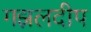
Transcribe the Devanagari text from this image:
गझलदीप